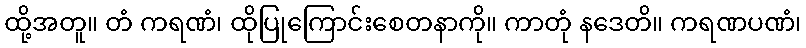
ထို့အတူ။ တံ ကရဏံ၊ ထိုပြုကြောင်းစေတနာကို။ ကာတုံ နဒေတိ။ ကရဏပဏံ၊